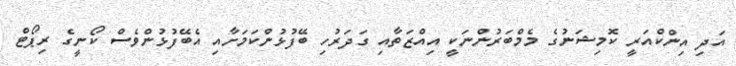
އަދި އިންކްއަރީ ކޮމިޝަނުގެ މެމްބަރުންނަކީ އިއްޒަތާއި ގަދަރުހި ބޭފުޅުންކަމަށާއި އެބޭފުޅުންވެސް ކޯނީގެ ރިޕޯޓް